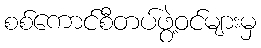
စစ်ကောင်စီတပ်ဖွဲ့ဝင်များမှ